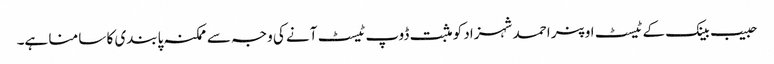
حبیب بینک کے ٹیسٹ اوپنر احمد شہزاد کو مثبت ڈوپ ٹیسٹ آنے کی وجہ سے ممکنہ پابندی کا سا منا ہے۔